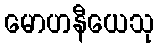
မောဟနီယေသု